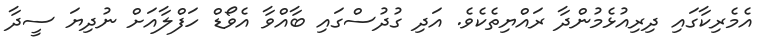
އެމެރިކާގައި ދިރިއުޅެމުންދާ ރައްޔިތެކެވެ. އަދި ގުދުސްގައި ބާއްވާ އެވޯޑް ހަފްލާއަށް ނުދިޔަ ސީދާ